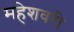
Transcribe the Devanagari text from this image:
महेशवरी